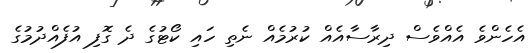
އެހެންވެ އެއްވެސް ދިރާސާއެއް ކުރުމެއް ނެތި ހައި ކޯޓުގެ ދެ ގޮފި އުފެއްދުމުގެ